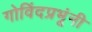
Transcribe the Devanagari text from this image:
गोविंदप्रभूंनी